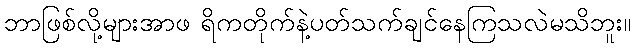
ဘာဖြစ်လို့များအာဖ ရိကတိုက်နဲ့ပတ်သက်ချင်နေကြသလဲမသိဘူး။